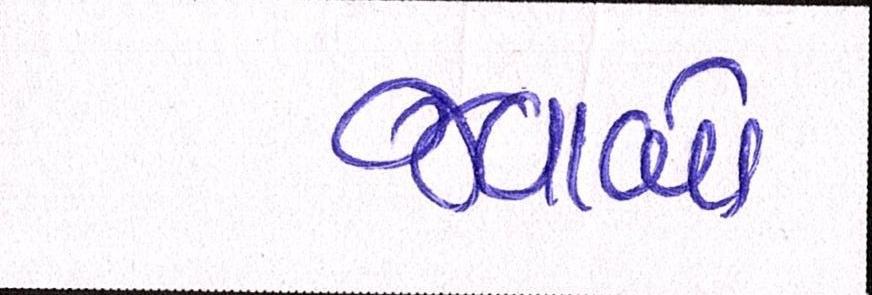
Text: જવાબો